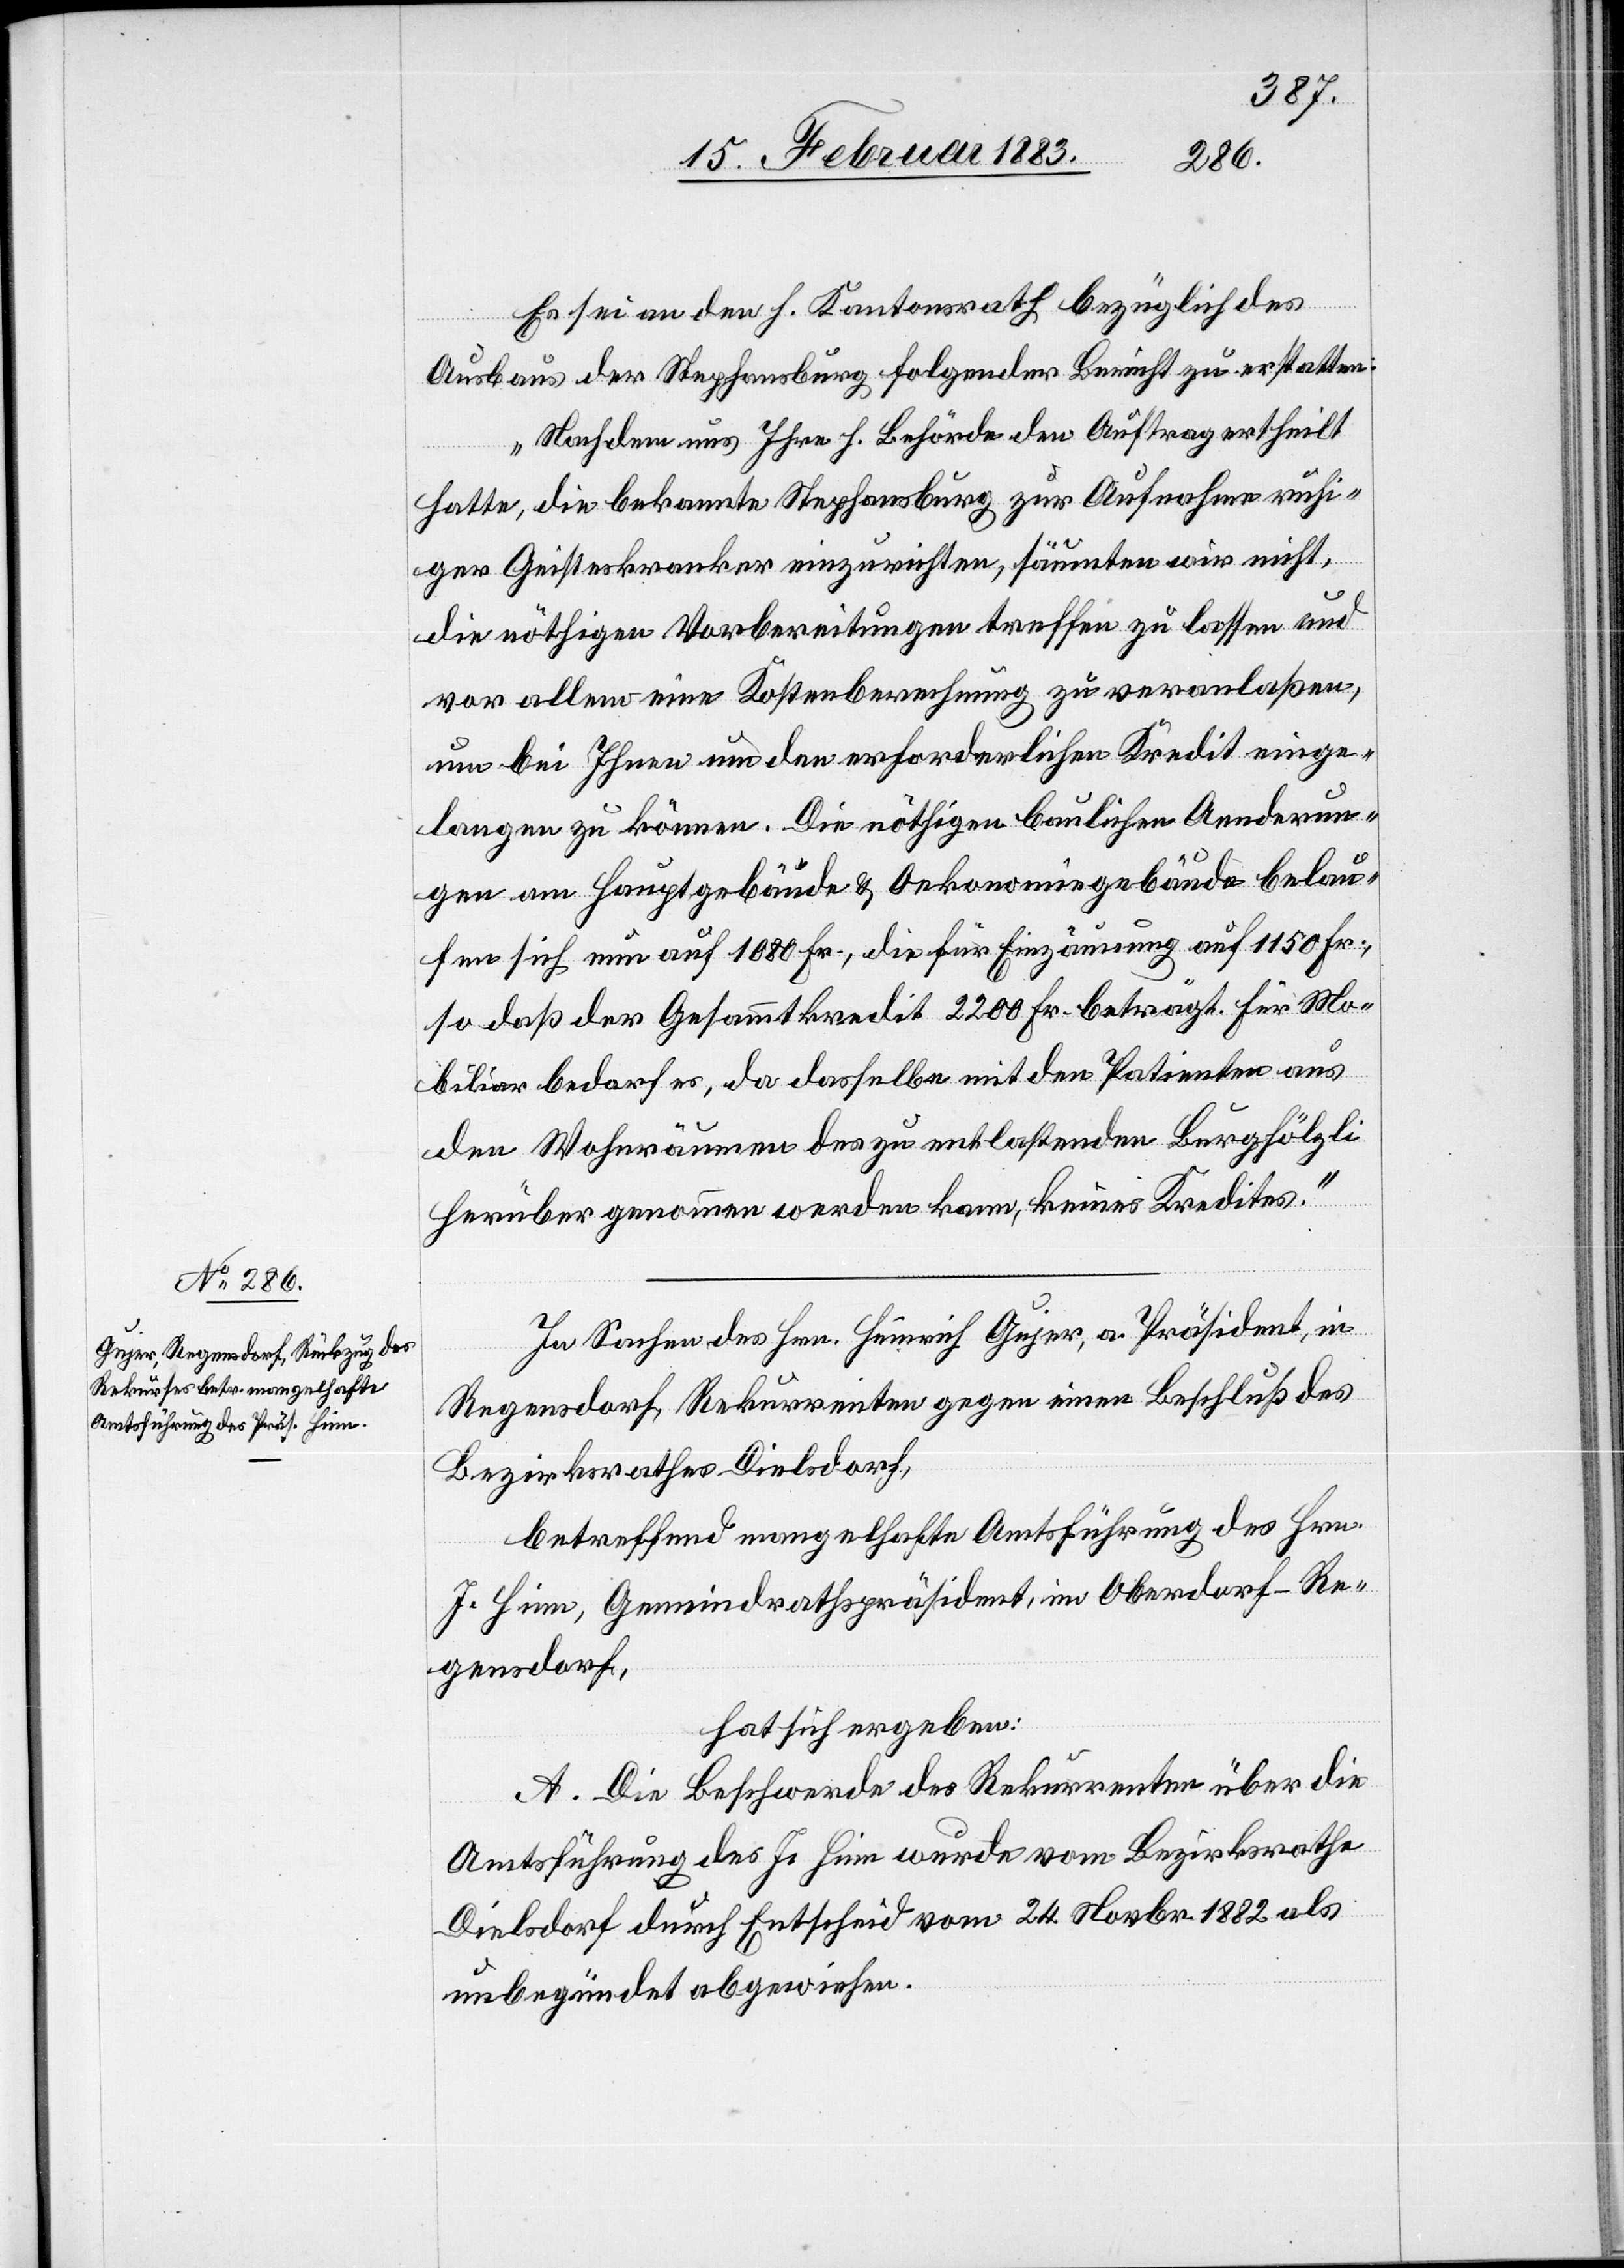
Es sei an den h. Kantonsrath bezüglich des
Ausbaus der Stephansburg folgender Bericht zu erstatten:
„Nachdem uns Ihre h. Behörde den Auftrag ertheilt
hatte, die bekannte Stephansburg zur Aufnahme ruhi¬
ger Geisteskranker einzurichten, säumten wir nicht,
die nöthigen Vorbereitungen treffen zu lassen und
vor allem eine Kostenberechnung zu veranlaßen,
um bei Ihnen um den erforderlichen Kredit einge¬
langen zu können. Die nöthigen baulichen Aenderun¬
gen am Hauptgebäude & Oekonomiegebäude belau¬
fen sich nun auf 1080 Fr., die für Einzäunung auf 1150 Fr.,
so daß der Gesammtkredit 2200 Fr. beträgt. Für Mo¬
biliar bedarf es, da dasselbe mit den Patienten aus
den Wohnräumen des zu entlastenden Burghölzli
herüber genommen werden kann, keines Kredites.“
In Sachen des Hrn. Heinrich Gujer, a. Präsident, in
Regensdorf, Rekurrenten gegen einen Beschluß des
Bezirksrathes Dielsdorf,
betreffend mangelhafte Amtsführung des Hrn.
J. Heim, Gemeindrathspräsident, im Oberdorf - Re¬
gensdorf,
hat sich ergeben:
A. Die Beschwerde des Rekurrenten über die
Amtsführung des J. Heim wurde vom Bezirksrathe
Dielsdorf durch Entscheid vom 24. Novbr. 1882 als
unbegründet abgewiesen.